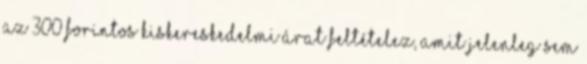
az 300 forintos kiskereskedelmi árat feltételez, amit jelenleg sem